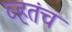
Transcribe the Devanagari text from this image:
व्हतंच